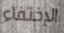
الإختفاء